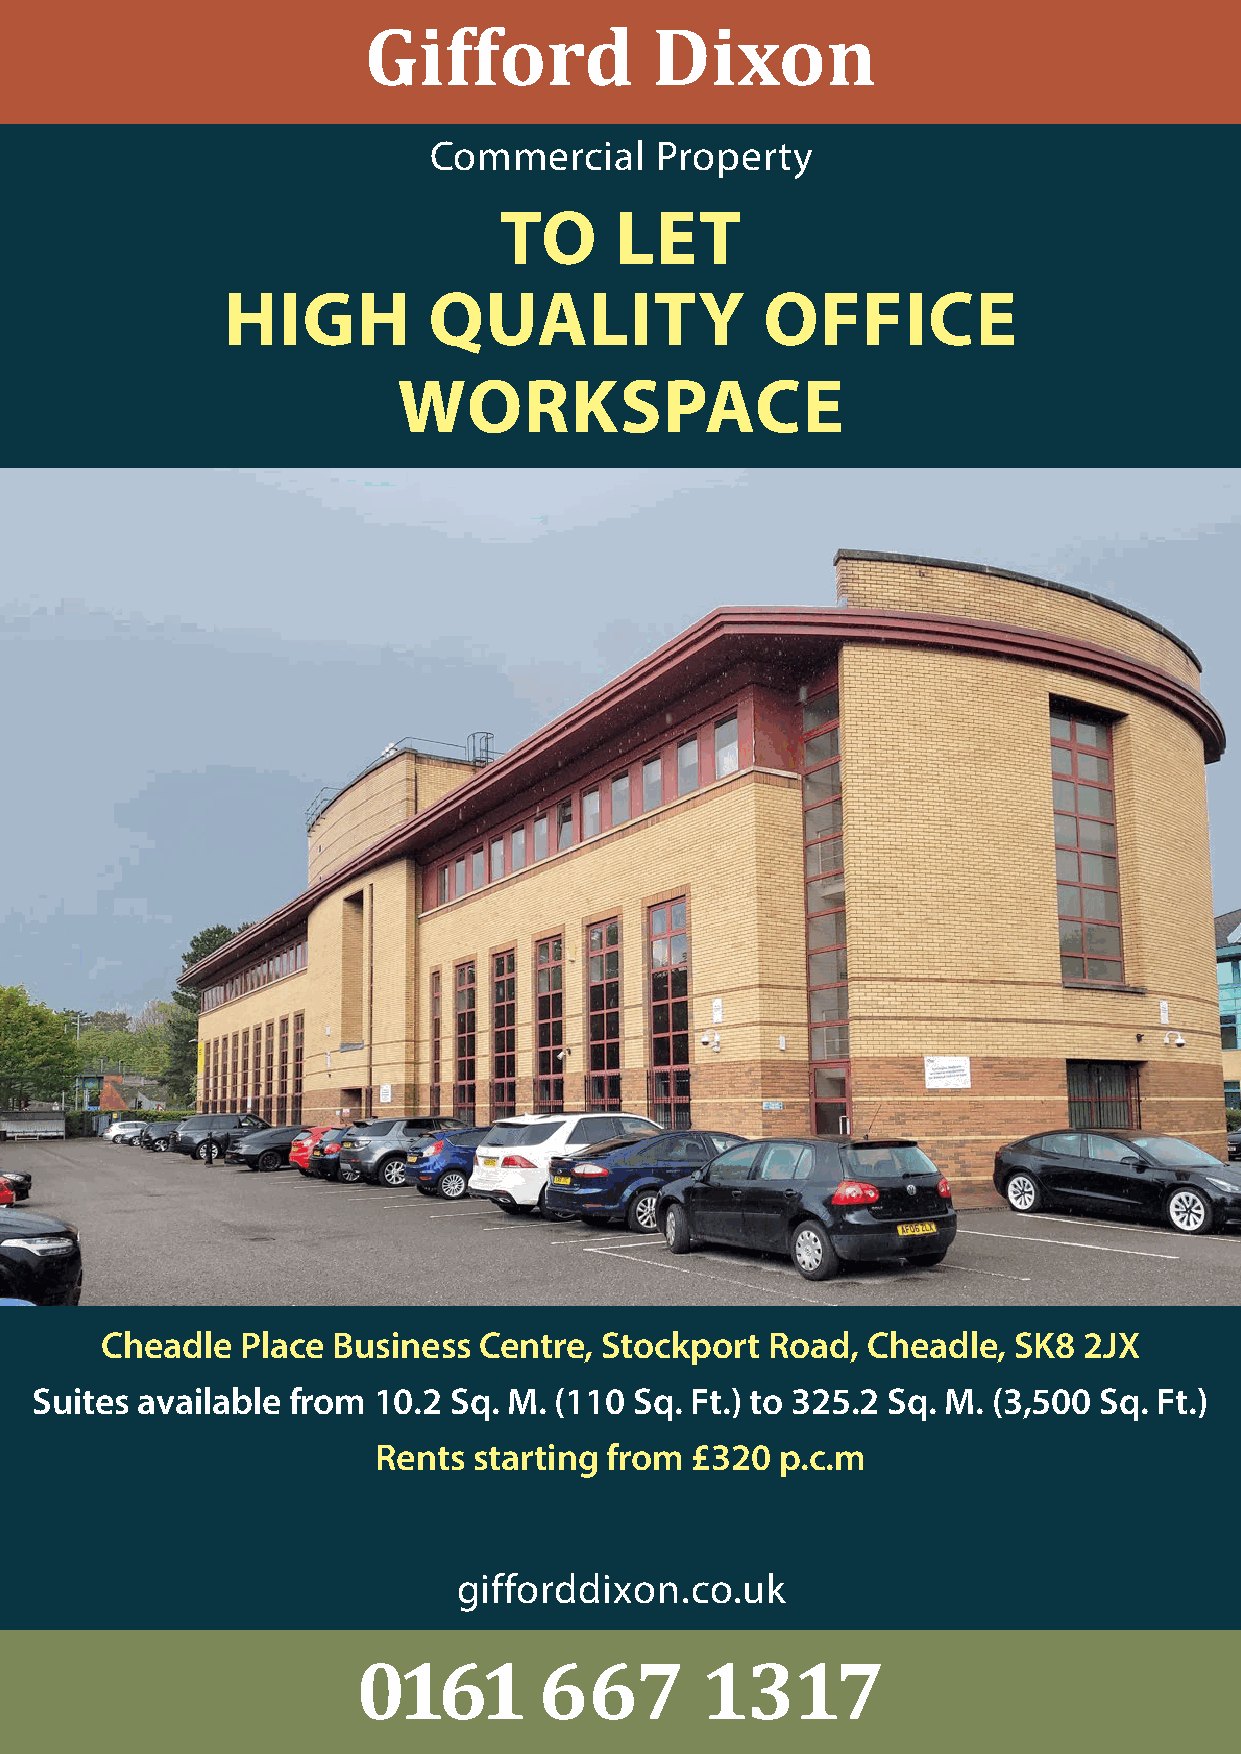
GGiiffffoorrdd     DDiixxoonn
 WW
 Commercial     Property
 TO      LET
 HIGH         QUALITY                OFFICE
 WORKSPACE
 Cheadle  Place Business  Centre, Stockport  Road, Cheadle,  SK8  2JX
 Suites available from  10.2 Sq. M. (110 Sq. Ft.) to 325.2 Sq. M. (3,500 Sq. Ft.)
 Rents starting from  £320  p.c.m
 gifforddixon.co.uk
 00116611    666677    11331177